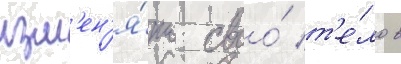
изм'ен'я́ть своо́ т'е́ло в